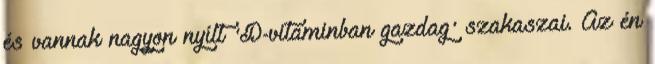
és vannak nagyon nyílt 'D-vitaminban gazdag' szakaszai. Az én